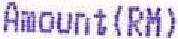
AMOUNT(RM)